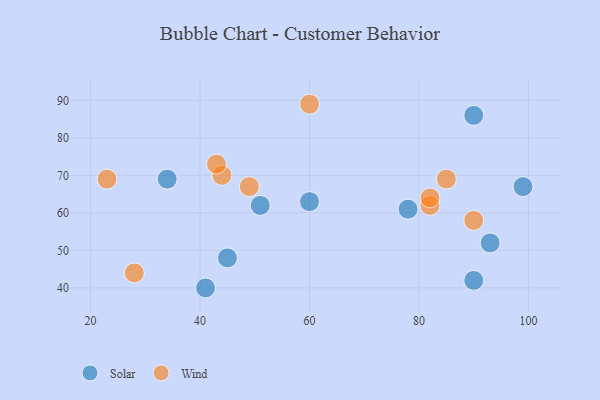
{"axis": {"x": "GDP", "y": "Life Expectancy"}, "legend": ["Solar", "Wind"], "data": [{"x": "93", "y": 52, "type": "Solar"}, {"x": "34", "y": 69, "type": "Solar"}, {"x": "78", "y": 61, "type": "Solar"}, {"x": "41", "y": 40, "type": "Solar"}, {"x": "60", "y": 63, "type": "Solar"}, {"x": "90", "y": 42, "type": "Solar"}, {"x": "99", "y": 67, "type": "Solar"}, {"x": "51", "y": 62, "type": "Solar"}, {"x": "90", "y": 86, "type": "Solar"}, {"x": "45", "y": 48, "type": "Solar"}, {"x": "82", "y": 62, "type": "Wind"}, {"x": "82", "y": 64, "type": "Wind"}, {"x": "49", "y": 67, "type": "Wind"}, {"x": "44", "y": 70, "type": "Wind"}, {"x": "28", "y": 44, "type": "Wind"}, {"x": "85", "y": 69, "type": "Wind"}, {"x": "23", "y": 69, "type": "Wind"}, {"x": "90", "y": 58, "type": "Wind"}, {"x": "60", "y": 89, "type": "Wind"}, {"x": "43", "y": 73, "type": "Wind"}]}